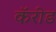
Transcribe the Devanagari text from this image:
कॅरीड